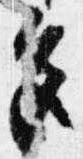
色